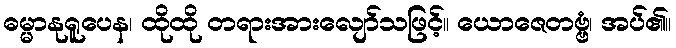
ဓမ္မာနုရူပေန၊ ထိုထို တရားအားလျော်သဖြင့်။ ယောဇေတဗ္ဗံ၊ အပ်၏။